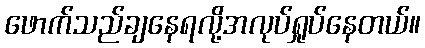
ဖောက်သည်ချနေရလို့အလုပ်ရှုပ်နေတယ်။